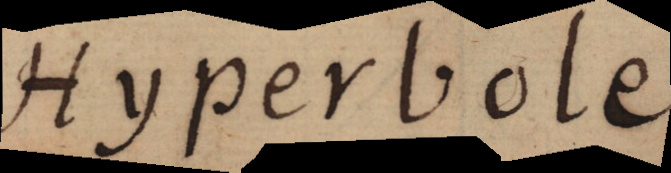
Hyperbole